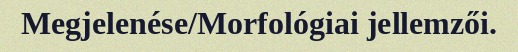
Megjelenése/Morfológiai jellemzői.